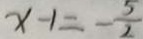
x - 1 = - \frac { 5 } { 2 }